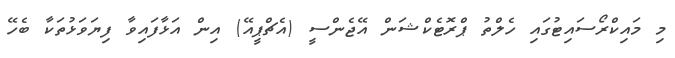
މި މައިކްރޯސައިޓުގައި ހެލްތު ޕްރޮޓެކްޝަން އޭޖެންސީ (އެޗްޕީއޭ) އިން އަޅާފައިވާ ފިޔަވަޅުތަކާ ބެހޭ